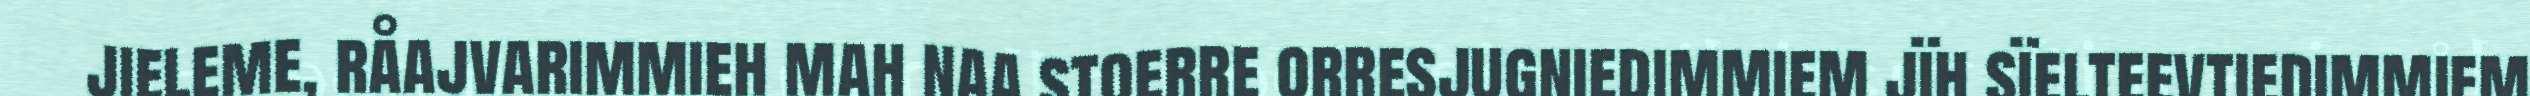
jieleme, råajvarimmieh mah naa stoerre orresjugniedimmiem jïh sïelteevtiedimmiem